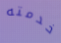
خدمته